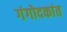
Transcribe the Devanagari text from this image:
गंगोदकांत